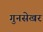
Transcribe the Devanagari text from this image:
गुनसेखर